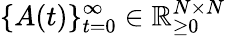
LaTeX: \{ A(t)\} _{t=0}^{\infty}\in\mathbb{R}_{\geq 0}^{N\times N}